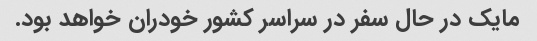
مایک در حال سفر در سراسر کشور خودران خواهد بود.